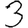
Digit: 3